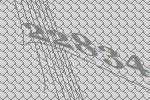
22834